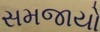
સમજાયો